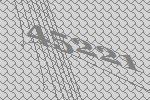
45221